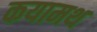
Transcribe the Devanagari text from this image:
कयामथ